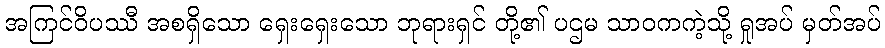
အကြင်ဝိပဿီ အစရှိသော ရှေးရှေးသော ဘုရားရှင် တို့၏ ပဌမ သာဝကကဲ့သို့ ရှုအပ် မှတ်အပ်